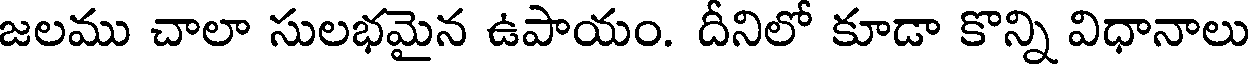
జలము చాలా సులభమైన ఉపాయం. దీనిలో కూడా కొన్ని విధానాలు